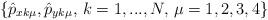
LaTeX: \begin{align*} \left\{\hat{p}_{x k\mu},\hat{p}_{y k\mu},\,k=1,...,N,\,\mu=1,2,3,4\right\} \end{align*}